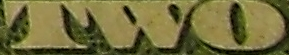
TWO